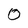
Character: 0